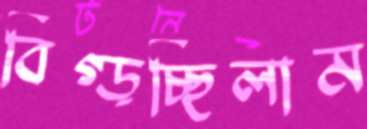
বিগ্‌ড়চ্ছিলাম